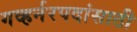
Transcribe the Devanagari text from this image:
गव्हर्नरपदांसाठी